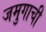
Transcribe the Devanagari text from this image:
जमुगाची